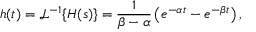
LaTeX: h ( t ) = { \mathcal { L } } ^ { - 1 } \{ H ( s ) \} = { \frac { 1 } { \beta - \alpha } } \left( e ^ { - \alpha t } - e ^ { - \beta t } \right) ,